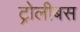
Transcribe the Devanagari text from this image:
ट्रोलीबस